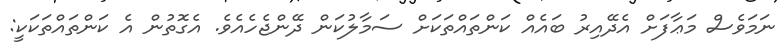
ނަމަވެސް މަޢާފަށް އެދޭއިރު ބައެއް ކަންތައްތަކަށް ސަމާލުކަން ދޭންޖެހެއެވެ. އެގޮތުން އެ ކަންތައްތަކަކީ: